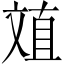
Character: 𱡤